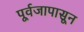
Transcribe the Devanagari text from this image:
पूर्वजापासून